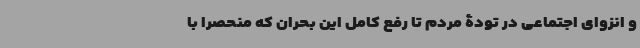
و انزوای اجتماعی در تودۀ مردم تا رفع کامل این بحران که منحصراً با